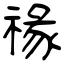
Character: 禒